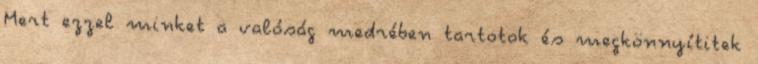
Mert ezzel minket a valóság medrében tartotok és megkönnyítitek